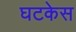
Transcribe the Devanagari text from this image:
घटकेस